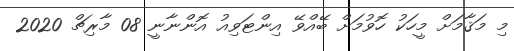
މި މަޤާމަށް މީހަކު ހޮވުމަށް ބޭއްވޭ އިންޓަވިއު އޮންނާނީ 08 މާރިޗް 2020